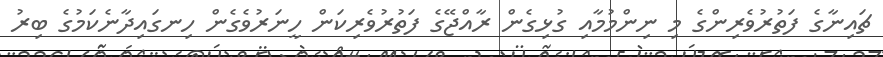
ޗައިނާގެ ފަތުރުވެރިންގެ މި ނިންމުމާއި ގުޅިގެން ރާއްޖޭގެ ފަތުރުވެރިކަން ހީނަރުވެގެން ހިނގައިދާނެކަމުގެ ބިރު